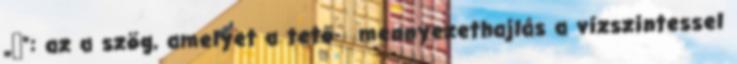
„α”: az a szög, amelyet a tető- mennyezethajlás a vízszintessel